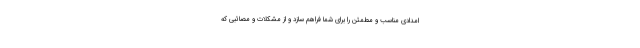
امدادی مناسب و مطمئن را برای شما فراهم سازد و از مشکلات و مصائبی که